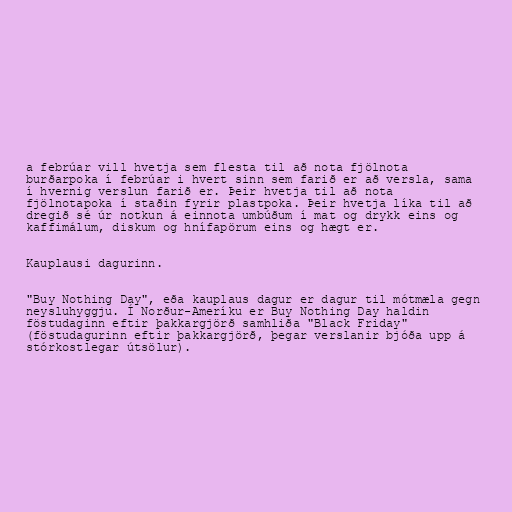
a febrúar vill hvetja sem flesta til að nota fjölnota
burðarpoka í febrúar i hvert sinn sem farið er að versla, sama
í hvernig verslun farið er. Þeir hvetja til að nota
fjölnotapoka í staðin fyrir plastpoka. Þeir hvetja líka til að
dregið sé úr notkun á einnota umbúðum í mat og drykk eins og
kaffimálum, diskum og hnífapörum eins og hægt er.

Kauplausi dagurinn.

"Buy Nothing Day", eða kauplaus dagur er dagur til mótmæla gegn
neysluhyggju. Í Norður-Ameríku er Buy Nothing Day haldin
föstudaginn eftir þakkargjörð samhliða "Black Friday"
(föstudagurinn eftir þakkargjörð, þegar verslanir bjóða upp á
stórkostlegar útsölur).